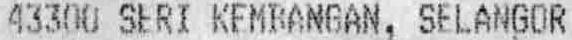
43300 SERI KEMBANGAN, SELANGOR